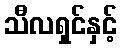
သီလရှင်နှင့်